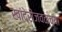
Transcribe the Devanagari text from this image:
खांदेरीजवळच्या